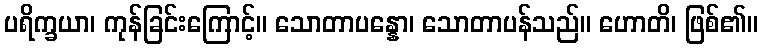
ပရိက္ခယာ၊ ကုန်ခြင်းကြောင့်။ သောတာပန္နော၊ သောတာပန်သည်။ ဟောတိ၊ ဖြစ်၏။